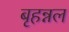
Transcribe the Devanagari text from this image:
बृहन्नल